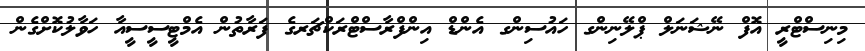
މިނިސްޓްރީ އޮފް ނޭޝަނަލް ޕްލޭނިންގ ހައުސިންގ އެންޑް އިންފްރާސްޓްރަކްޗަރގެ ފަރާތުން އެމްޓީސީސީއާ ހަވާލުކޮށްގެން